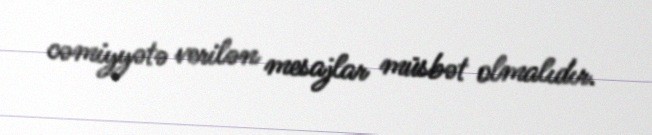
cəmiyyətə verilən mesajlar müsbət olmalıdır.